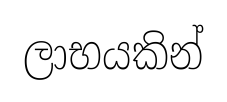
ලාභයකින්